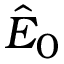
\hat { E } _ { 0 }